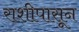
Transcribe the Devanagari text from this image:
राशीपासून